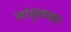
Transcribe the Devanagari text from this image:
लांबुळका